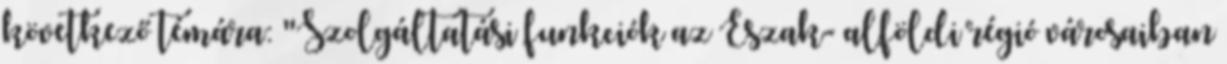
következő témára: "Szolgáltatási funkciók az Észak- alföldi régió városaiban